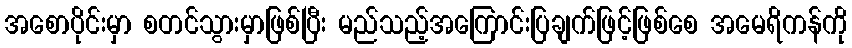
အစောပိုင်းမှာ စတင်သွားမှာဖြစ်ပြီး မည်သည့်အကြောင်းပြချက်ဖြင့်ဖြစ်စေ အမေရိကန်ကို